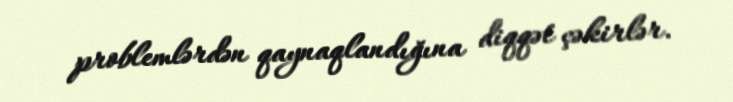
problemlərdən qaynaqlandığına diqqət çəkirlər.